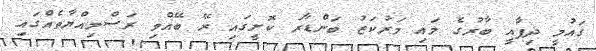
ގައުމީ ދިފާއީ ބާރުގެ މައި މަރުކަޒު ބަންޑާރަ ކޮށީގައި ރޭ ބޭއްވި ރަސްމިއްޔާތެއްގައި